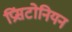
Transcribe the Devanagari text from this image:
प्रिंसटोनियन